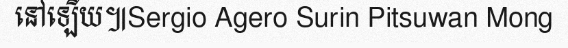
នៅឡើយ៕Sergio Agero Surin Pitsuwan Mong